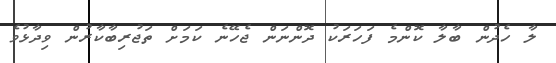
ލާ ހެދުން ބާލާ ކޮންމެ ފަހަރަކު ދޮންނަން ޖެހޭނެ ކަމަށް ތަޖުރިބާކާރުން ވިދާޅުވެ